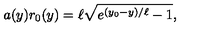
a ( y ) r _ { 0 } ( y ) = \ell \sqrt { e ^ { ( y _ { 0 } - y ) / \ell } - 1 } ,